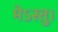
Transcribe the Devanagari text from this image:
मेऽस्तु।